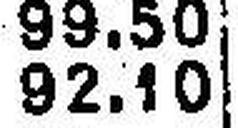
92.10